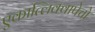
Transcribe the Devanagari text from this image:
एकात्लिक्वापेचो